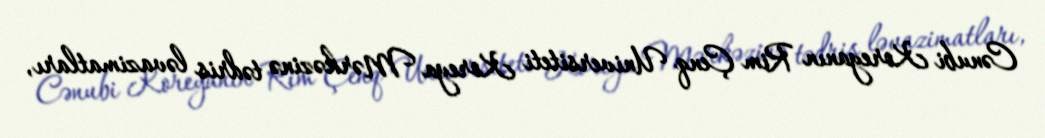
Cənubi Koreyanın Rim Çenq Universiteti Koreya Mərkəzinə tədris ləvazimatları,